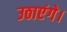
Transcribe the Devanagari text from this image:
उठाएंगे।